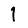
Digit: 1